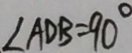
\angle A D B = 9 0 ^ { \circ }